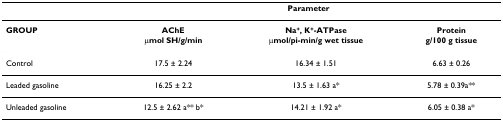
<table><thead><tr><td></td><td colspan="3"><b>Parameter</b></td></tr></thead><tbody><tr><td><b>GROUP</b></td><td><b>AChE</b></td><td><b>Na<sup>+</sup>, K<sup>+</sup>-ATPase</b></td><td><b>Protein</b></td></tr><tr><td></td><td><b>μmol SH/g/min</b></td><td><b>μmol/pi-min/g wet tissue</b></td><td><b>g/100 g tissue</b></td></tr><tr><td>Control</td><td>17.5 ± 2.24</td><td>16.34 ± 1.51</td><td>6.63 ± 0.26</td></tr><tr><td>Leaded gasoline</td><td>16.25 ± 2.2</td><td>13.5 ± 1.63 a*</td><td>5.78 ± 0.39a**</td></tr><tr><td>Unleaded gasoline</td><td>12.5 ± 2.62 a** b*</td><td>14.21 ± 1.92 a*</td><td>6.05 ± 0.38 a*</td></tr></tbody></table>